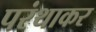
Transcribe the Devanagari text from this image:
परंथाकर